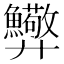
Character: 𢍸